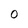
Character: 0